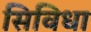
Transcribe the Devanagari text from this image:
सिविधा